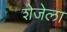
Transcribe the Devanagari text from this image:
शेजेला